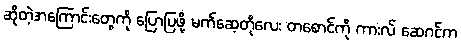
ဆိုတဲ့အကြောင်းတွေကို ပြောပြဖို့ မက်ဆေ့တိုလေး တစောင်ကို ကားလ် ဆေဂင်က